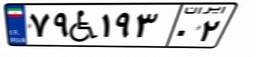
۱۷W۷۶۰۵۰